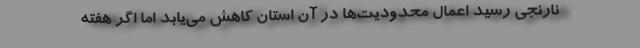
نارنجی رسید اعمال محدودیت‌ها در آن استان کاهش می‌یابد اما اگر هفته